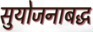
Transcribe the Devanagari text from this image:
सुयोजनाबद्ध